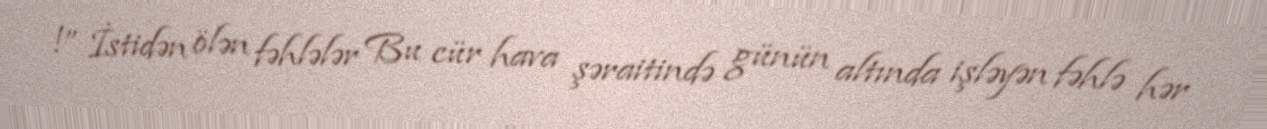
!” İstidən ölən fəhlələr Bu cür hava şəraitində günün altında işləyən fəhlə hər